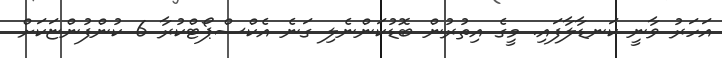
އަހަރު ވާނީ ކަނޑާލާފައި. މީގެ އިތުރުން ބޮޑުކަންނެލި ގަނެ އެކްސްޕޯޓްކުރާ 6 ކުންފުންޏަކަށް